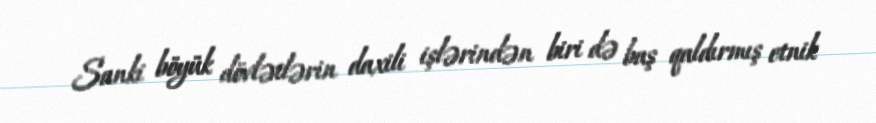
Sanki böyük dövlətlərin daxili işlərindən biri də baş qaldırmış etnik